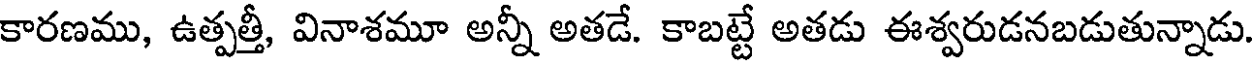
కారణము, ఉత్పత్తీ, వినాశమూ అన్నీ అతడే. కాబట్టే అతడు ఈశ్వరుడనబడుతున్నాడు